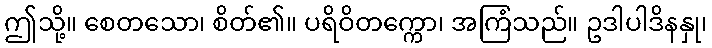
ဤသို့။ စေတသော၊ စိတ်၏။ ပရိဝိတက္ကော၊ အကြံသည်။ ဥဒါပါဒိနနှု၊